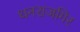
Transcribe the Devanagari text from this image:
धनराजगिर